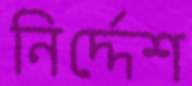
নির্দ্দেশ